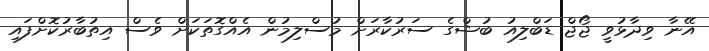
އޭނާ ވިދާޅުވީ ޖޯޖް ޑަބްލިއު ބުޝްގެ ސަރުކާރަށް މުސްލިމުން އެއްގޮތަކަށް ވެސް އިތުބާރުކޮށްފައި